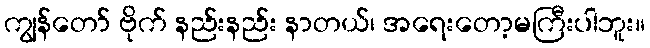
ကျွန်တော် ဗိုက် နည်းနည်း နာတယ်၊ အရေးတော့မကြီးပါဘူး။